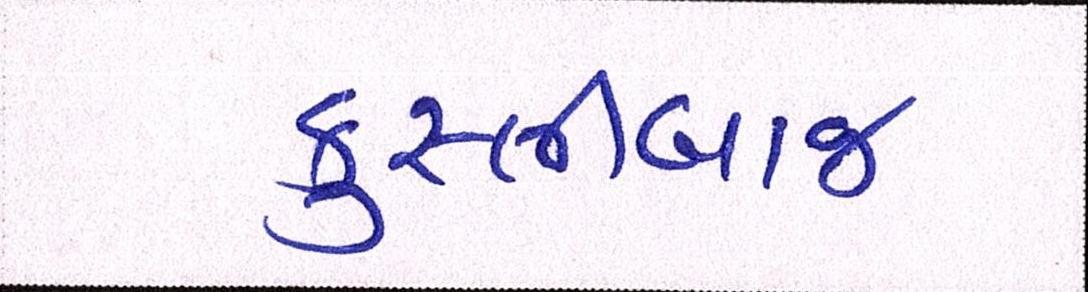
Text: કુસ્તીબાજ